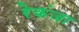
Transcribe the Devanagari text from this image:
रेकंजा